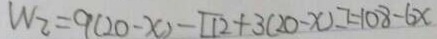
W _ { 2 } = 9 ( 2 0 - x ) - [ 1 2 + 3 ( 2 0 - x ) ] = 1 0 8 - 6 x